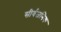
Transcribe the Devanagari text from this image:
सीर्वजनिक